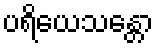
ပရိယေသန္တော